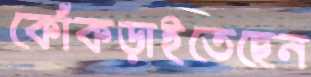
কোঁকড়াইতেছেন